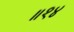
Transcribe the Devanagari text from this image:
॥१४